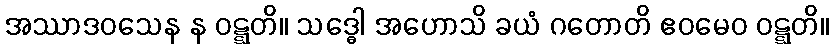
အဿာဒဝသေန န ဝဋ္ဋတိ။ သဒ္ဓေါ အဟောသိ ခယံ ဂတောတိ ဧဝမေဝ ဝဋ္ဋတိ။